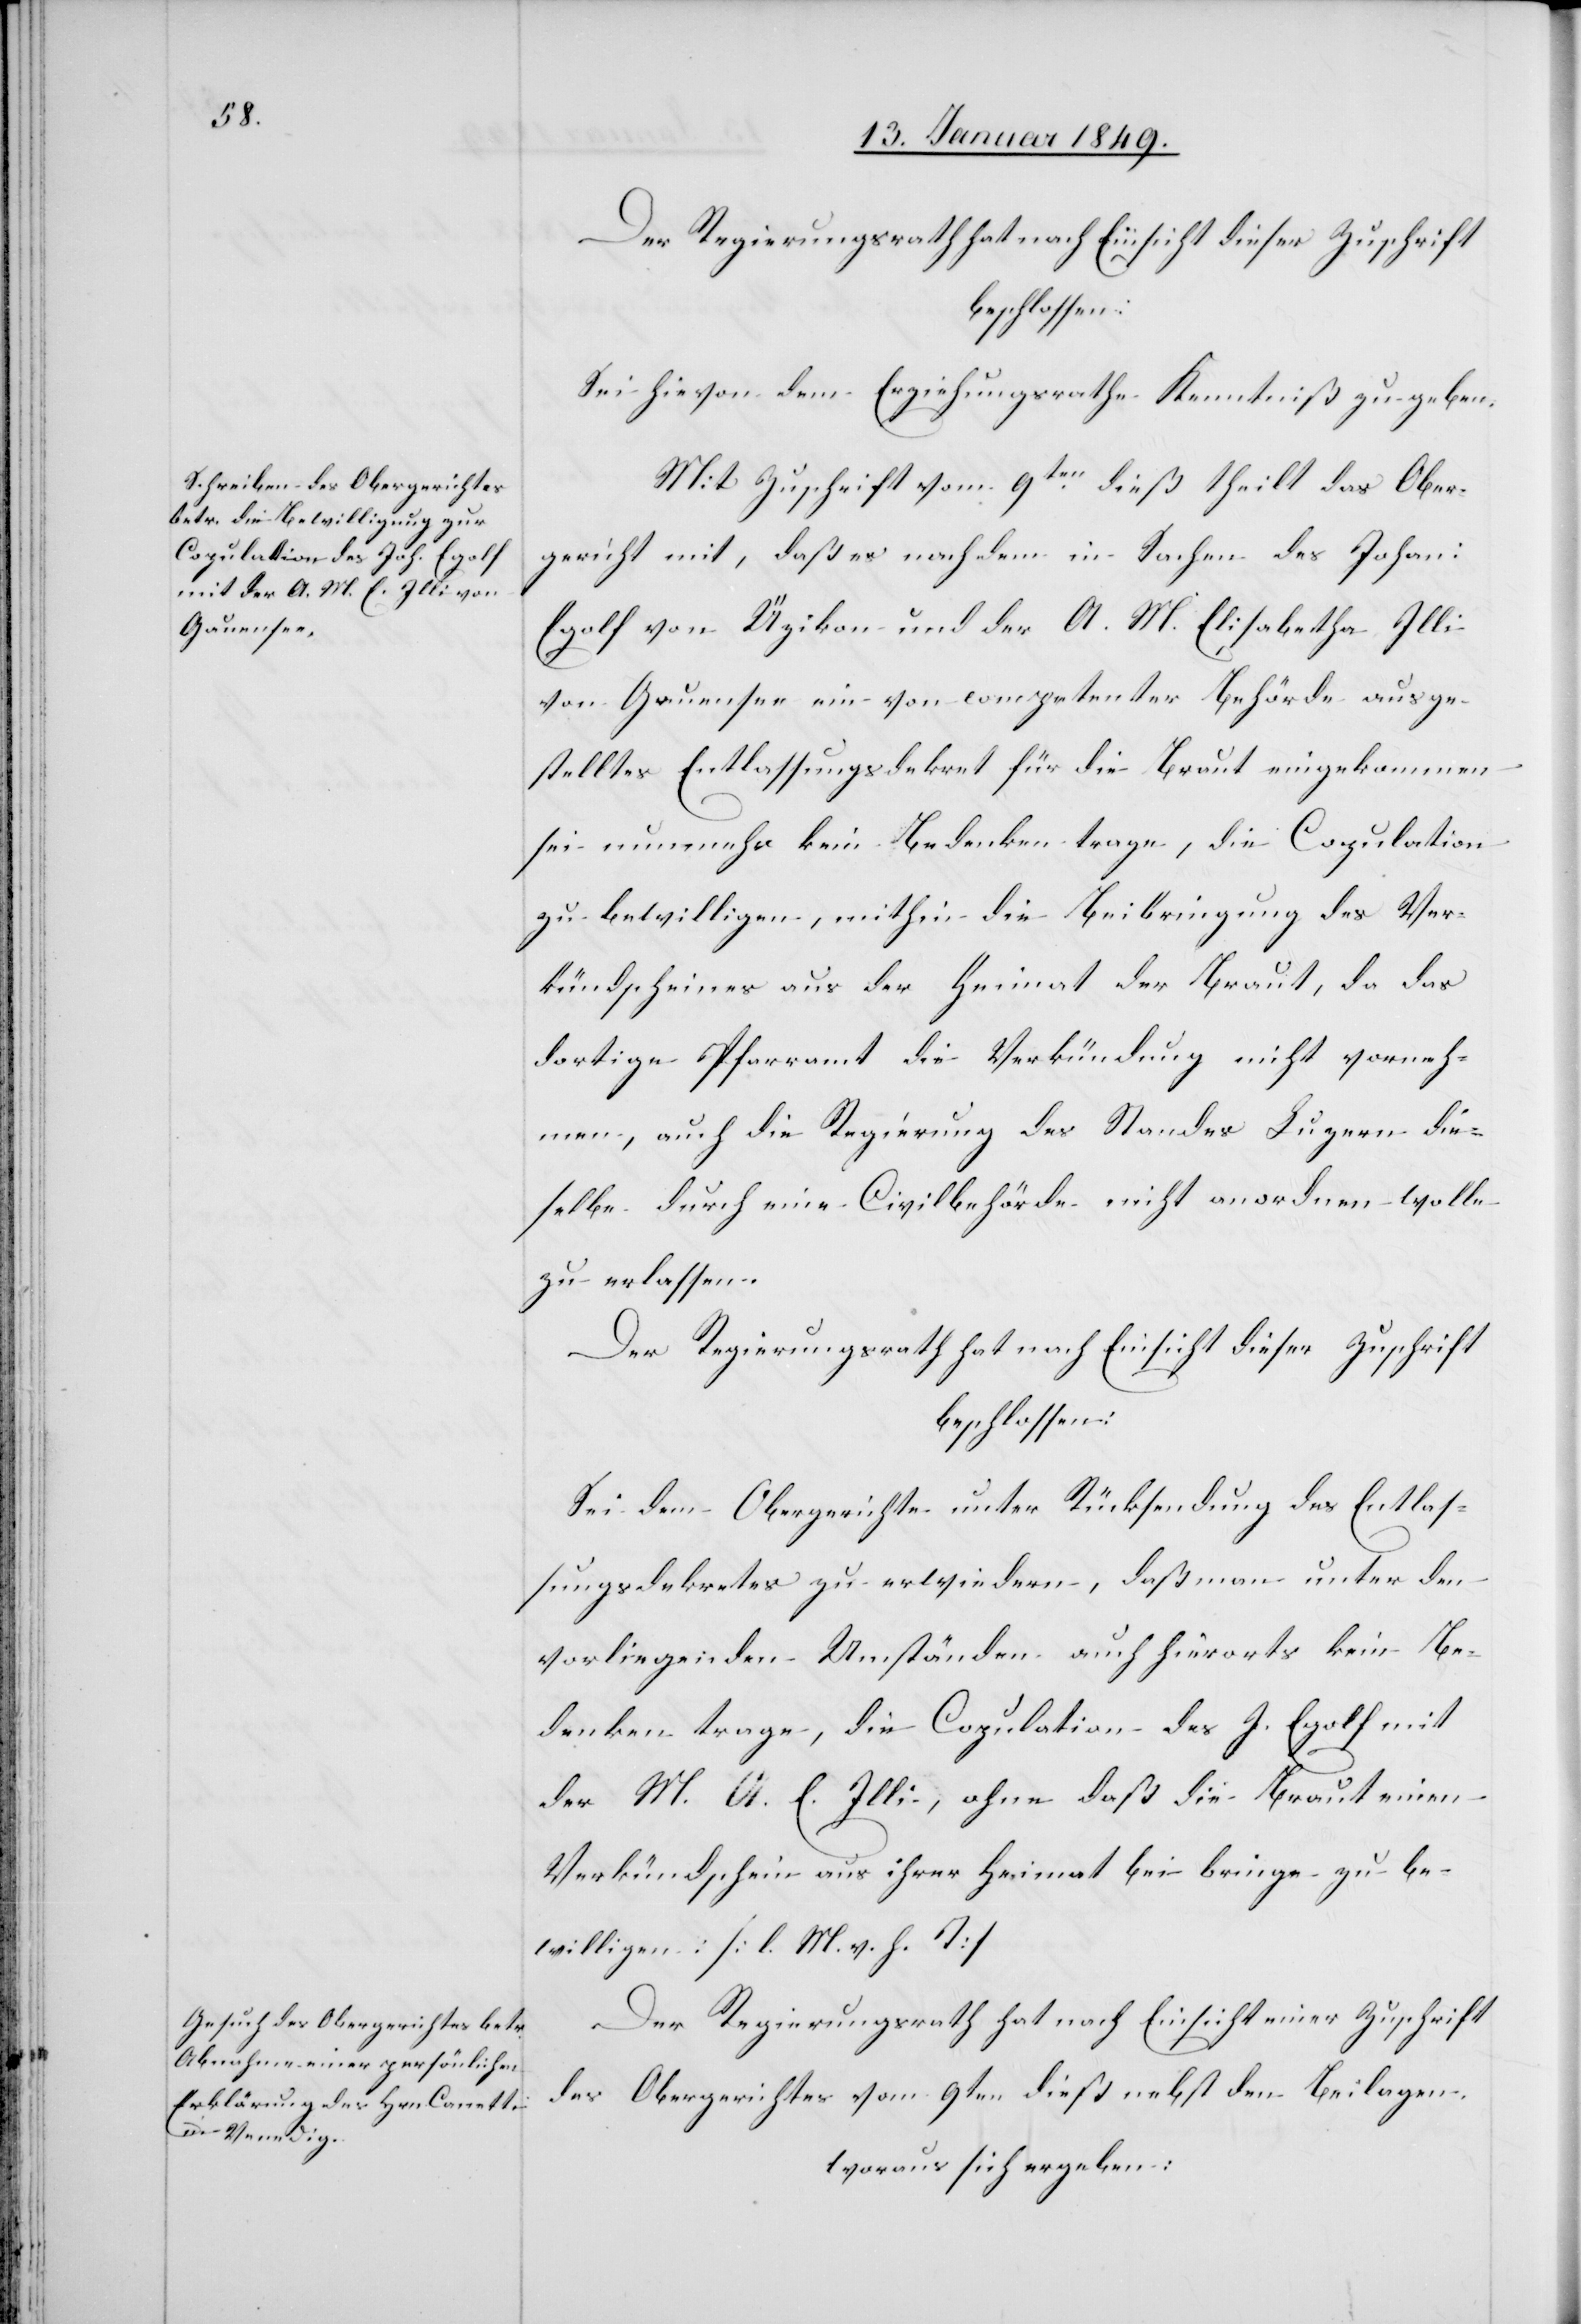
Der Regierungsrath hat nach Einsicht dieser Zuschrift
beschlossen:
Sei hievon dem Erziehungsrathe Kenntniß zu geben.
Mit Zuschrift vom 9ten. dieß theilt das Ober¬
gericht mit, daß es nachdem in Sachen des Johan:
Egolf von Üzikon und der A. M. Elisabetha Illi
von Gauensee ein von competenter Behörde ausge¬
stelltes Entlassungsdekret für die Braut eingekommen
sei nunmehr kein Bedenken trage, die Copulation
zu bewilligen, mithin die Beibringung des Ver¬
kündscheines aus der Heimat der Braut, da das
dortige Pfarramt die Verkündung nicht vorneh¬
men, auch die Regierung des Standes Luzern die¬
selbe durch eine Civilbehörde nicht anordnen wolle
zu erlassen.
Der Regierungsrath hat nach Einsicht dieser Zuschrift
beschlossen:
Sei dem Obergerichte unter Rücksendung des Entlas¬
sungsdekretes zu erwiedern, daß man unter den
vorliegenden Umständen auch hierorts kein Be¬
denken trage, die Copulation des J. Egolf mit
der M. A. [sic!] E. Illi, ohne daß die Braut einen
Verkündschein aus ihrer Heimat beibringe zu be¬
willigen. [l. M. v. h. T]
Der Regierungsrath hat nach Einsicht einer Zuschrift
des Obergerichtes vom 9ten. dieß nebst den Beilagen,
woraus sich ergeben: